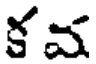
కవ